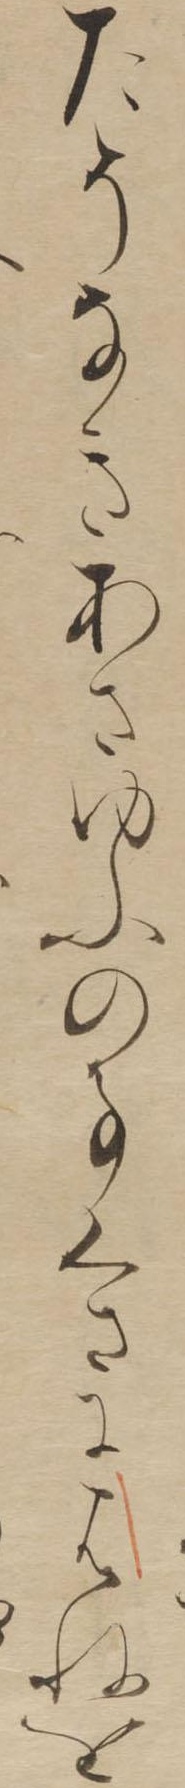
たそなきあさゆふの事くさにはねを